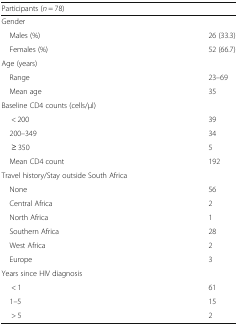
<table><thead><tr><td colspan="2"><b>Participants (<i>n</i> = 78)</b></td></tr></thead><tbody><tr><td colspan="2">Gender</td></tr><tr><td> Males (%)</td><td>26 (33.3)</td></tr><tr><td> Females (%)</td><td>52 (66.7)</td></tr><tr><td colspan="2">Age (years)</td></tr><tr><td> Range</td><td>23–69</td></tr><tr><td> Mean age</td><td>35</td></tr><tr><td>Baseline CD4 counts (cells/μl)</td><td></td></tr><tr><td>&lt; 200</td><td>39</td></tr><tr><td> 200–349</td><td>34</td></tr><tr><td>≥ 350</td><td>5</td></tr><tr><td> Mean CD4 count</td><td>192</td></tr><tr><td colspan="2">Travel history/Stay outside South Africa</td></tr><tr><td> None</td><td>56</td></tr><tr><td> Central Africa</td><td>2</td></tr><tr><td> North Africa</td><td>1</td></tr><tr><td> Southern Africa</td><td>28</td></tr><tr><td> West Africa</td><td>2</td></tr><tr><td> Europe</td><td>3</td></tr><tr><td colspan="2">Years since HIV diagnosis</td></tr><tr><td>&lt; 1</td><td>61</td></tr><tr><td> 1–5</td><td>15</td></tr><tr><td>&gt; 5</td><td>2</td></tr></tbody></table>